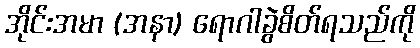
အိုင်းအမာ (အနာ) ရောဂါခွဲစိတ်ရသည်ကို